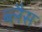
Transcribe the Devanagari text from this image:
ब्लैस